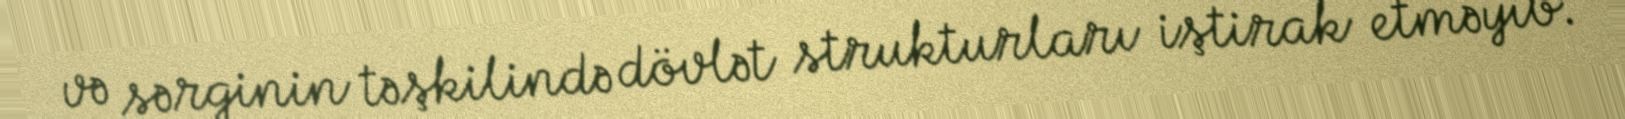
və sərginin təşkilində dövlət strukturları iştirak etməyib.